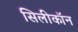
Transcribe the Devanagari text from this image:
सिलीकॉन